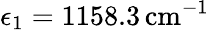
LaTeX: \epsilon_{1}=1158.3\, \mathrm{cm}^{-1}